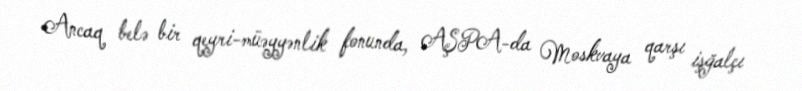
Ancaq belə bir qeyri-müəyyənlik fonunda, AŞPA-da Moskvaya qarşı işğalçı